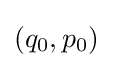
(q_{0},p_{0})